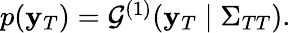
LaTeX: \begin{array}{r}{p(\mathbf{y}_{T})=\mathcal{G}^{(1)}(\mathbf{y}_{T}\mid\Sigma_{TT}).}\end{array}